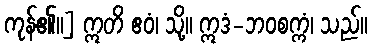
ကုန်၏။] ဣတိ ဧဝံ၊ သို့။ ဣဒံ-ဘဝစက္ကံ၊ သည်။